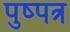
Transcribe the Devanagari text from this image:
पुष्पत्र